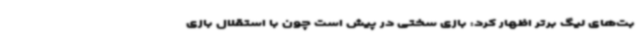
بت‌های لیگ برتر اظهار کرد:‌ بازی سختی در پیش است چون با استقلال بازی